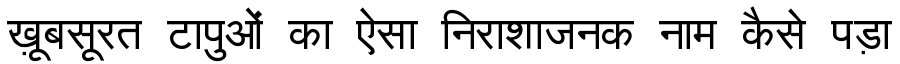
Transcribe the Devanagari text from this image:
ख़ूबसूरत टापुओं का ऐसा निराशाजनक नाम कैसे पड़ा